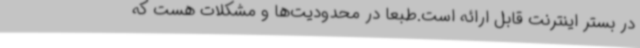
در بستر اینترنت قابل ارائه است.طبعا در محدودیت‌ها و مشکلات هست که